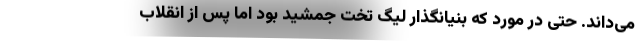
می‌داند. حتی در مورد که بنیانگذار لیگ تخت جمشید بود اما پس از انقلاب